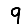
Digit: 9